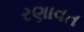
રણાવત